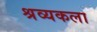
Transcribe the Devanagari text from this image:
श्रव्यकला